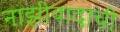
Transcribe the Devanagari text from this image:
नाझीवादाची